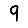
Digit: 9